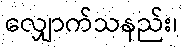
လျှောက်သနည်း၊